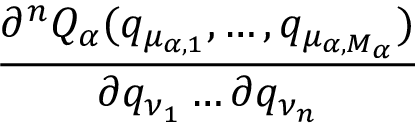
\frac { \partial ^ { n } Q _ { \alpha } ( q _ { \mu _ { \alpha , 1 } } , \dots , q _ { \mu _ { \alpha , M _ { \alpha } } } ) } { \partial q _ { \nu _ { 1 } } \dots \partial q _ { \nu _ { n } } }